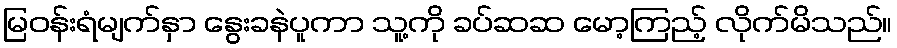
မြဝန်းရံမျက်နှာ နွေးခနဲပူကာ သူ့ကို ခပ်ဆဆ မော့ကြည့် လိုက်မိသည်။